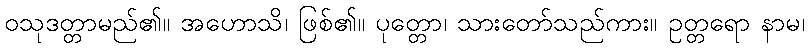
ဝသုဒတ္တာမည်၏။ အဟောသိ၊ ဖြစ်၏။ ပုတ္တော၊ သားတော်သည်ကား။ ဥတ္တရော နာမ၊